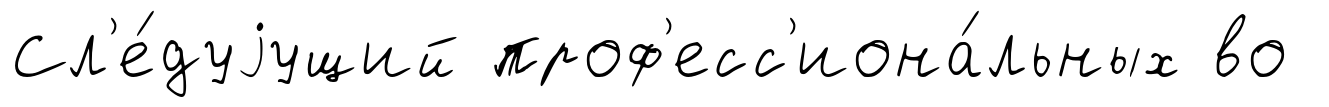
Сл'е́дуjущий проф'есс'иона́льных во